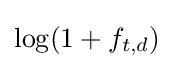
\log(1+f_{t,d})